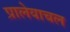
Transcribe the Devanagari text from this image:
प्रालेयाचल